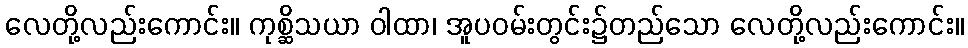
လေတို့လည်းကောင်း။ ကုစ္ဆိသယာ ဝါထာ၊ အူပဝမ်းတွင်း၌တည်သော လေတို့လည်းကောင်း။